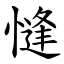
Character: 㦀